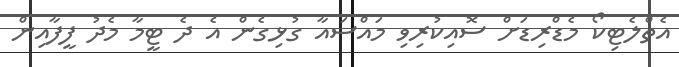
އެތްލެޓިކޯ މެޑްރިޑަށް ސޮއިކުރިވި މައްސައާ ގުޅިގެން އެ ދެ ޓީމާ މެދު ފީފާއިން